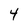
Character: 4